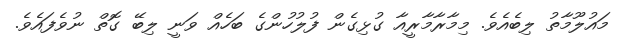
މައުލޫމާތު ލިބެއެވެ. މިމާރާމާރީއާ ގުޅިގެން ފުލުހުންގެ ބަހެއް ވަނީ ލިބޭ ގޮތް ނުވެފައެވެ.